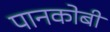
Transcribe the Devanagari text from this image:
पानकोबी